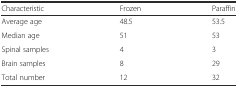
| Characteristic | Frozen | Paraffin |
 | --- | --- | --- |
 | Average age | 48.5 | 53.5 |
 | Median age | 51 | 53 |
 | Spinal samples | 4 | 3 |
 | Brain samples | 8 | 29 |
 | Total number | 12 | 32 |